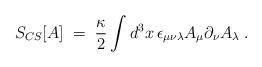
LaTeX: \begin{align*}S_{CS}[A] \;=\; \frac{\kappa}{2} \int d^3x\,\epsilon_{\mu\nu\lambda} A_\mu \partial_\nu A_\lambda \;.\end{align*}